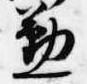
懃